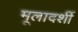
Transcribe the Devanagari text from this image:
मूलादर्शी